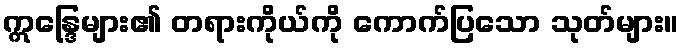
ဣန္ဒြေများ၏ တရားကိုယ်ကို ကောက်ပြသော သုတ်များ။